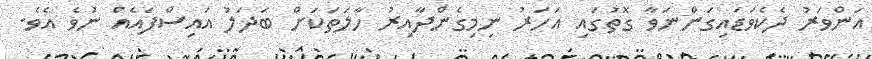
އަންވަރު ދެކެވަޑައިގަންނަވާ ގޮތުގައި އަހަރު ނިމިގެންދާއިރު ހާލަތަކަށް ބަދަލު އައިސްފައެއް ނުވެ އެވެ.